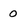
Character: 0